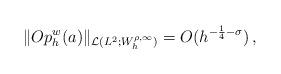
LaTeX: \begin{align*}\|Op_h^w(a)\|_{\mathcal{L}(L^2; W_h^{\rho, \infty})} = O( h^{-\frac{1}{4}- \sigma })\,,\end{align*}